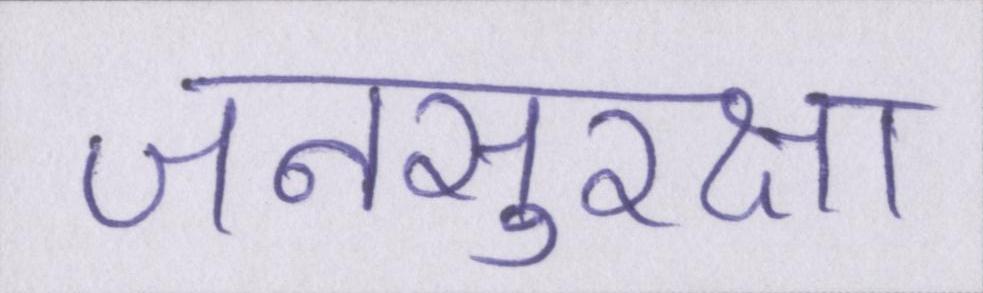
जनसुरक्षा